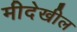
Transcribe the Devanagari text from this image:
मीदेखील